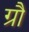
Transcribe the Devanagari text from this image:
ग्रौ